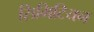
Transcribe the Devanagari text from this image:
सिमिटियन